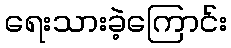
ရေးသားခဲ့ကြောင်း